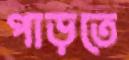
পাড়তে